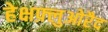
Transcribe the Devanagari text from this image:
हेक्षफ़्लुओरैद